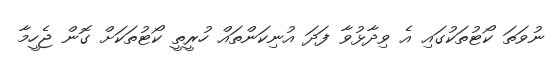
ނުވަތަ ކޯޓުތަކުގައި އެ ވިދާޅުވާ ފަދަ އުނިކަންތައް ހުރީތީ ކޯޓުތަކަށް ގޮން ޖެހީމާ